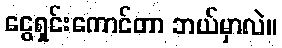
ငွေရှင်းကောင်တာ ဘယ်မှာလဲ။